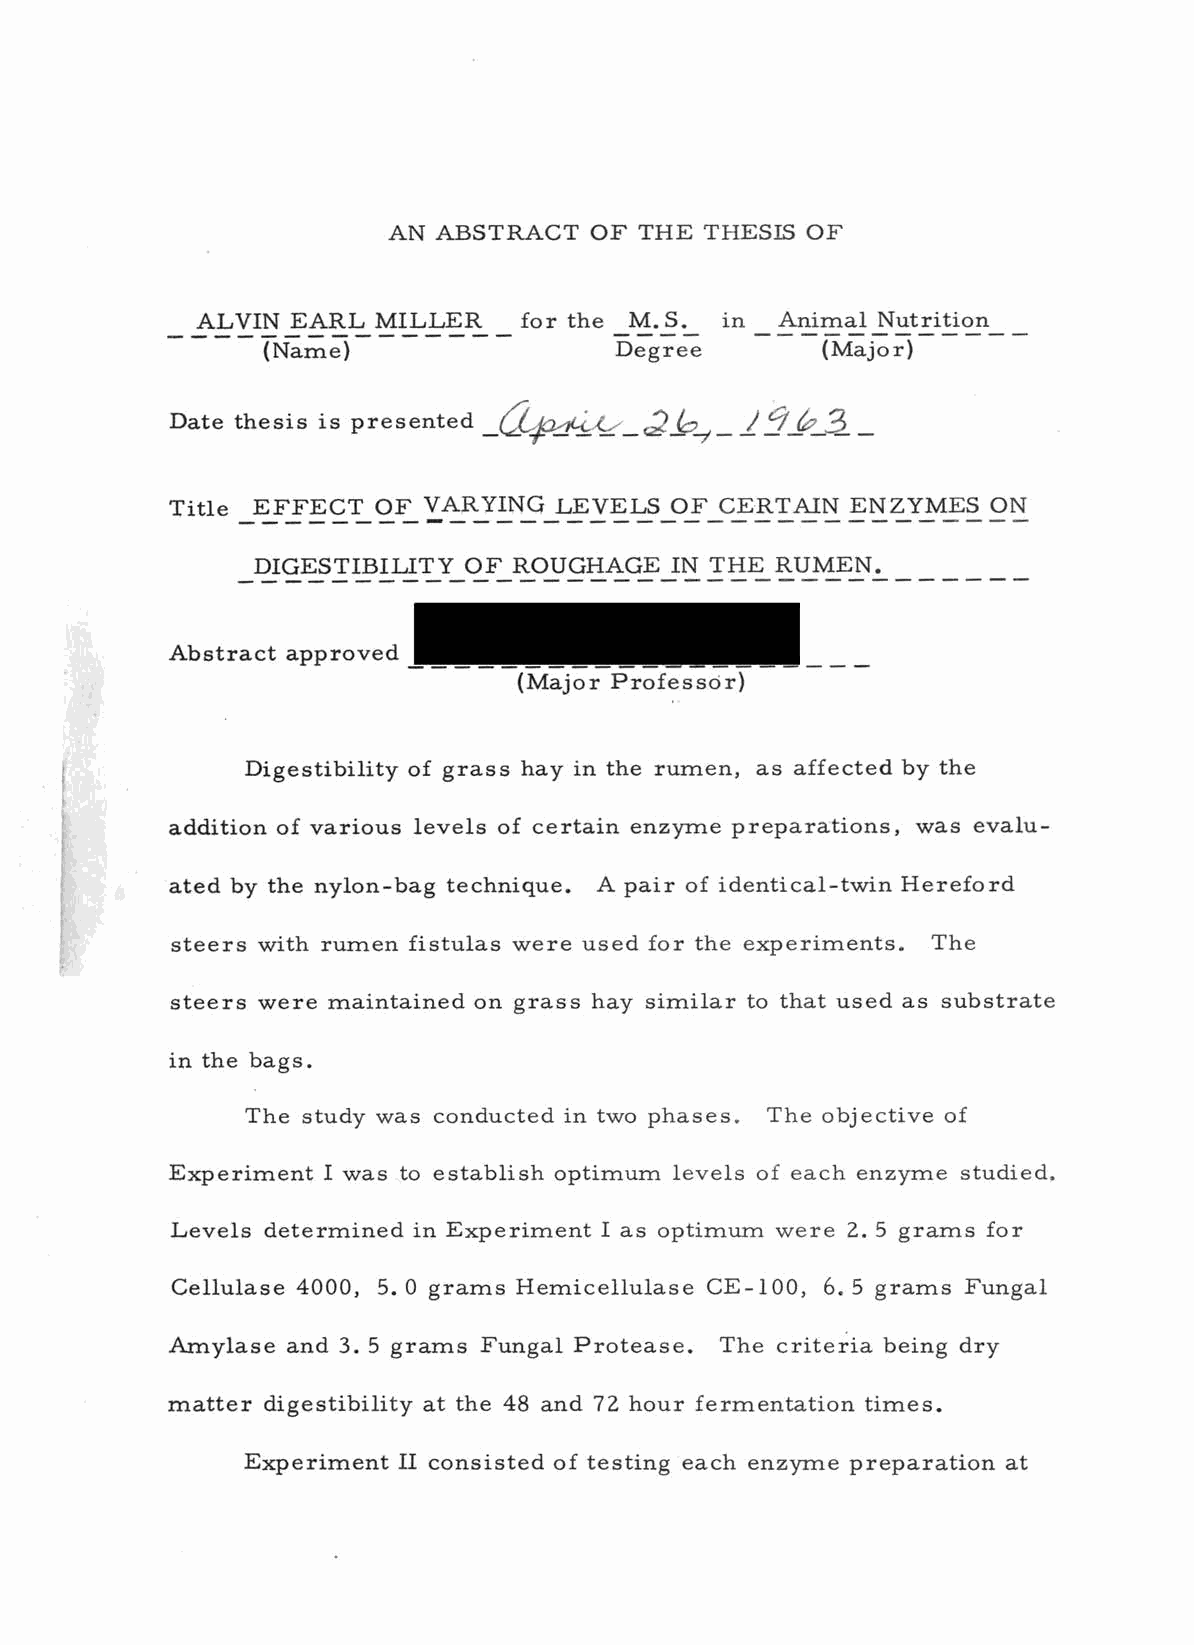
AN ABSTRACT  OF THE  THESIS OF
 ALVIN EARL  MILLER   for the M.S.  in Animal Nutrition
 (Name)                  Degree       (Major)
 /C/p
 Date thesis is presented (240.4.(1-C,
 Title EFFECT  OF VARYING  LEVELS OF  CERTAIN ENZYMES   ON
 DIGESTIBILITY OF ROUGHAGE  IN THE RUMEN.
 Abstract approved
 (Major Professor)
 Digestibility of grass hay in the rumen, as affected by the
 addition of various levels of certain enzyme preparations, was evalu-
 ated by the nylon -bag technique. A pair of identical -twin Hereford
 steers with rumen fistulas were used for the experiments. The
 steers were maintained on grass hay similar to that used as substrate
 in the bags.
 The study was conducted in two phases. The objective of
 Experiment I was to establish optimum levels of each enzyme studied.
 Levels determined in Experiment I as optimum were 2.5 grams for
 Cellulase 4000, 5. 0 grams Hemicellulase CE -100, 6. 5 grams Fungal
 Amylase and 3. 5 grams Fungal Protease. The criteria being dry
 matter digestibility at the 48 and 72 hour fermentation times.
 Experiment II consisted of testing each enzyme preparation at